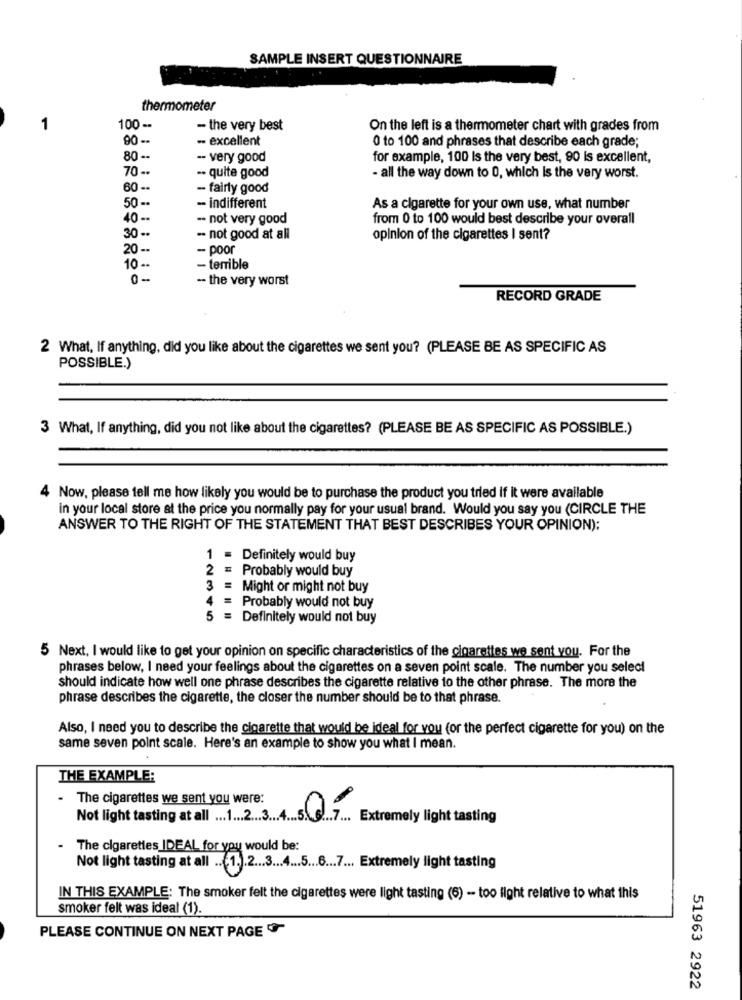
SAMPLE INSERT QUESTIONNAIRE
thermometer
1
100 -
- the very best
On the left is a thermometer chart with grades from
90 --
- excellent
0 to 100 and phrases that describe each grade;
80 --
-- very good
for example, 100 Is the very best, 90 is excellent,
70 --
.. quite good
- all the way down to 0, which Is the very worst.
60 --
- fairly good
50 --
- indifferent
As a cigarette for your own use, what number
40 --
-- not very good
from 0 to 100 would best describe your overall
30 --
-- not good at all
opinion of the cigarettes I sent?
20 --
-- poor
10 --
- terrible
0 -
-- the very worst
RECORD GRADE
2 What, If anything, did you like about the cigarettes we sent you? (PLEASE BE AS SPECIFIC AS
POSSIBLE.)
3 What, If anything, did you not like about the cigarettes? (PLEASE BE AS SPECIFIC AS POSSIBLE.)
Now, please tell me how likely you would be to purchase the product you tried if it were available
in your local store at the price you normally pay for your usual brand. Would you say you (CIRCLE THE
ANSWER TO THE RIGHT OF THE STATEMENT THAT BEST DESCRIBES YOUR OPINION):
1 .
Definitely would buy
2 = Probably would buy
3
= Might or might not buy
4 = Probably would not buy
5
= Definitely would not buy
5 Next, I would like to get your opinion on specific characteristics of the cigarettes we sent you. For the
phrases below, I need your feelings about the cigarettes on a seven point scale. The number you select
should indicate how well one phrase describes the cigarette relative to the other phrase. The more the
phrase describes the cigarette, the closer the number should be to that phrase.
Also, I need you to describe the cigarette that would be ideal for you (or the perfect cigarette for you) on the
same seven point scale. Here's an example to show you what I mean.
THE EXAMPLE:
The cigarettes we sent you were:
Not light tasting al .12345
.. 7 ... Extremely light tasting
The cigarettes IDEAL for you would be:
Not light tasting at all .. 1. . 2 ... 3 ... 4 ... 5 ... 6 ... 7 ... Extremely light tasting
IN THIS EXAMPLE: The smoker felt the cigarettes were light tasting (6) - too fight relative to what this
smoker felt was ideal (1).
PLEASE CONTINUE ON NEXT PAGE
51963 2922